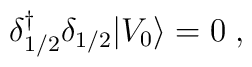
\delta {^\dagger _{1/2}} \delta_{1/2} \vert V_0 \rangle = 0\; ,